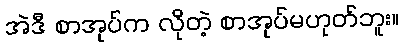
အဲဒီ စာအုပ်က လိုတဲ့ စာအုပ်မဟုတ်ဘူး။